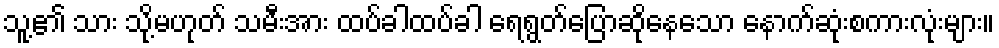
သူ့၏ သား သို့မဟုတ် သမီးအား ထပ်ခါထပ်ခါ ရေရွတ်ပြောဆိုနေသော နောက်ဆုံးစကားလုံးများ။